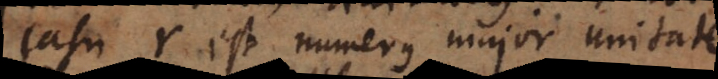
casu r est numerus major unitate,